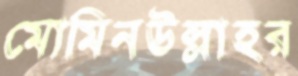
মোমিনউল্লাহর